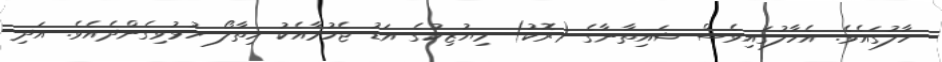
ހާލުގައެވެ. އެހާލުގައިވެސް ޝައިތާނާގެ (ރޮކު) މިޔުޒިކުގެ އަޑު ޖެހުމާއެކު ހިތާލޯ ހުޅުވިގެންދެއެވެ. އަދި